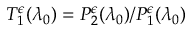
T _ { 1 } ^ { \epsilon } ( \lambda _ { 0 } ) = P _ { 2 } ^ { \epsilon } ( \lambda _ { 0 } ) / P _ { 1 } ^ { \epsilon } ( \lambda _ { 0 } )